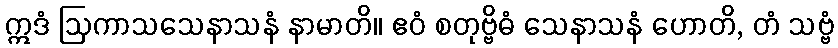
ဣဒံ ဩကာသသေနာသနံ နာမာတိ။ ဧဝံ စတုဗ္ဗိဓံ သေနာသနံ ဟောတိ, တံ သဗ္ဗံ